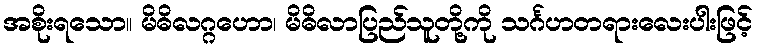
အစိုးရသော။ မိဓိလဂ္ဂဟော၊ မိဓိလာပြည်သူတို့ကို သင်္ဂဟတရားလေးပါးဖြင့်